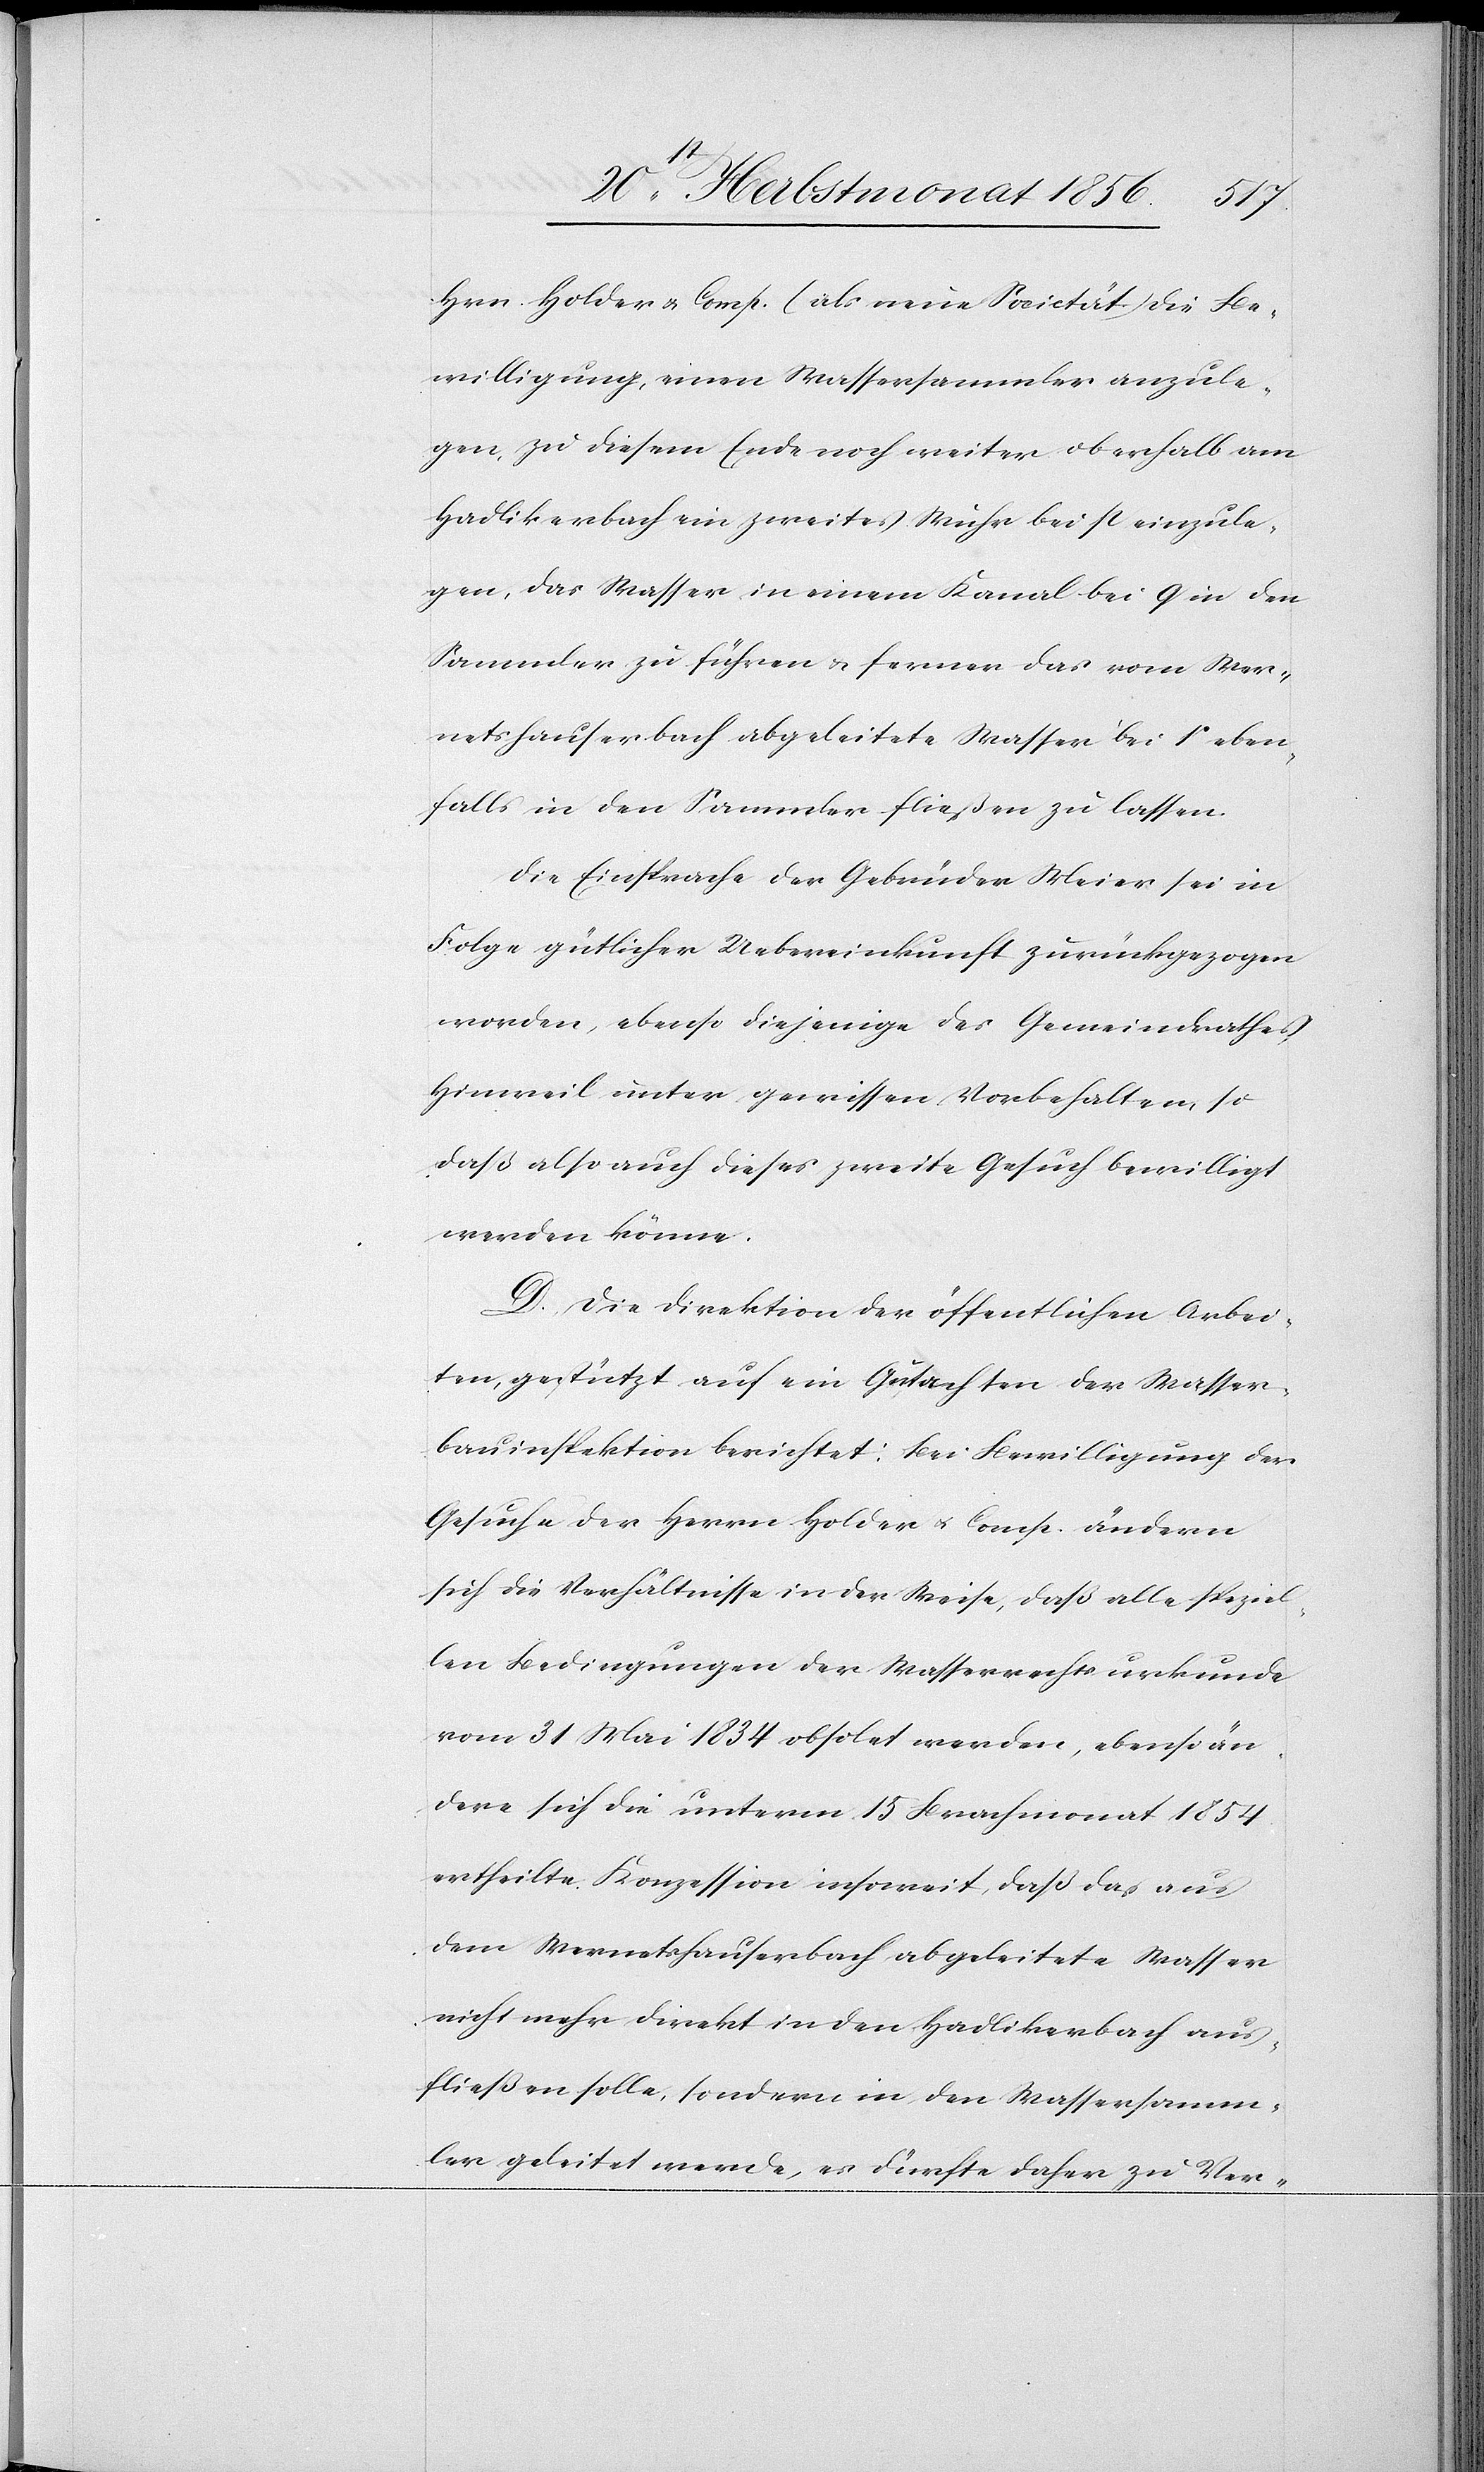
Hrn. Holder & Comp. (als neue Societät) die Be¬
willigung, einen Wassersammler anzule¬
gen, zu diesem Ende noch weiter oberhalb am
Hadlikerbach ein zweites Wuhr bei p einzule¬
gen, das Wasser in einem Kanal bei q in den
Sammler zu führen & ferner das vom Wer¬
netshauserbach abgeleitete Wasser bei r eben¬
falls in den Sammler fließen zu lassen.
Die Einsprache der Gebrüder Meier sei in
Folge gütlicher Uebereinkunft zurückgezogen
worden, ebenso diejenige des Gemeindrathes
Hinweil unter gewissen Vorbehalten, so
daß also auch dieses zweite Gesuch bewilligt
werden könne.
D.) Die Direktion der öffentlichen Arbei¬
ten, gestützt auf ein Gutachten der Wasser¬
bauinspektion berichtet: Bei Bewilligung der
Gesuche der Herrn Holder u. Comp. ändern
sich die Verhältnisse in der Weise, daß alle speziel¬
len Bedingungen der Wasserrechtsurkunde
vom 31 Mai 1834 obsolet werden, ebenso än¬
dere sich die unterm 15 Brachmonat 1854
ertheilte Konzession insoweit, daß das aus
dem Wernetshauserbach abgeleitete Wasser
nicht mehr direkt in den Hadlikerbach aus¬
fließen solle, sondern in den Wassersamm¬
ler geleitet werde, es dürfte daher zu Ver-